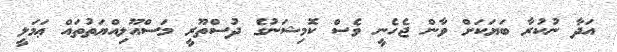
އަދާ ނުކުރާ ބަޔަކަށް ވާން ޖެހެނީ ވެސް ކޮމިޝަނުގެ ދުސްތޫރީ މަސްއޫލިއްޔަތުތައް ޢަމަލީ